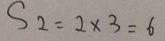
S _ { 2 } = 2 \times 3 = 6